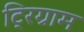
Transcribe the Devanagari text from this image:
ट्रिग्राम